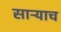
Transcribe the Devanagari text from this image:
साऱ्याच